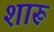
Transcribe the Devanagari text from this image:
शारू